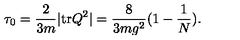
\tau _ { 0 } = \frac { 2 } { 3 m } \vert \mathrm { t r } Q ^ { 2 } \vert = \frac { 8 } { 3 m g ^ { 2 } } ( 1 - \frac { 1 } { N } ) .